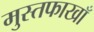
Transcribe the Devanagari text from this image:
मुस्तफाखाँ